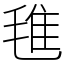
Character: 㲝